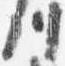
川